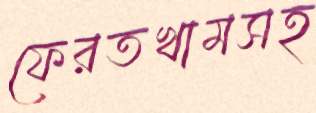
ফেরতখামসহ